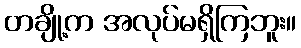
တချို့က အလုပ်မရှိကြဘူး။